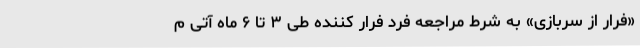
«فرار از سربازی» به شرط مراجعه فرد فرار کننده طی ۳ تا ۶ ماه آتی م